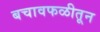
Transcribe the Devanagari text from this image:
बचावफळीतून